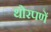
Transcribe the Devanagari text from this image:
थोरपणें